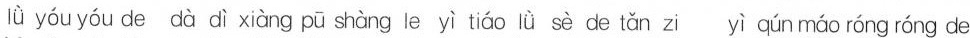
lǜ yóu yóu de dà dì xiàng pū shàng le yì tiáo lǜ sè de tǎn zi yì qún máo róng róng de